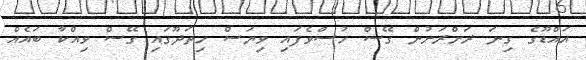
އައްޑޫގެ ގިނަ ރަށްރަށުން ގޭސް ހުސްވެފައި ވިޔަސް ހިތަދޫގައި ގޭސް ވިއްކާ ބައެއް